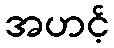
အဟင့်